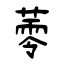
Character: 蕶